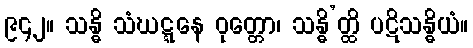
၉၄၂။ သန္ဓိ သံဃဋ္ဋနေ ဝုတ္တော၊ သန္ဓိ’တ္ထိ ပဋိသန္ဓိယံ။